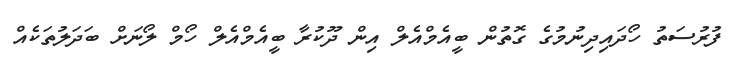
ފުރުސަތު ހޯދައިދިނުމުގެ ގޮތުން ބީއެމްއެލް އިން ދޫކުރާ ބީއެމްއެލް ހޯމް ލޯނަށް ބަދަލުތަކެއް